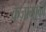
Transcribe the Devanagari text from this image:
कज़ामार्का